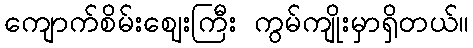
ကျောက်စိမ်းဈေးကြီး ကွမ်ကျိုးမှာရှိတယ်။